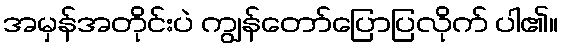
အမှန်အတိုင်းပဲ ကျွန်တော်ပြောပြလိုက် ပါ၏။